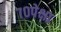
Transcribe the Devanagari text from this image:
७०पेक्षा